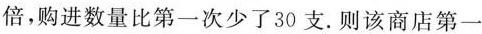
倍，购进数量比第一次少了30支。则该商店第一